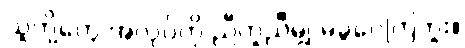
သူတို့တွေ အလုပ်ကို ညီတူညီမျှ မခွဲဝေကြဘူး။